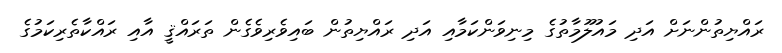
ރައްޔިތުންނަށް އަދި މައުލޫމާތުގެ މިނިވަންކަމާއި އަދި ރައްޔިތުން ބައިވެރިވެގެން ތަރައްޤީ އާއި ރައްކާތެރިކަމުގެ